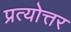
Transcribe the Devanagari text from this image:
प्रत्योत्तर